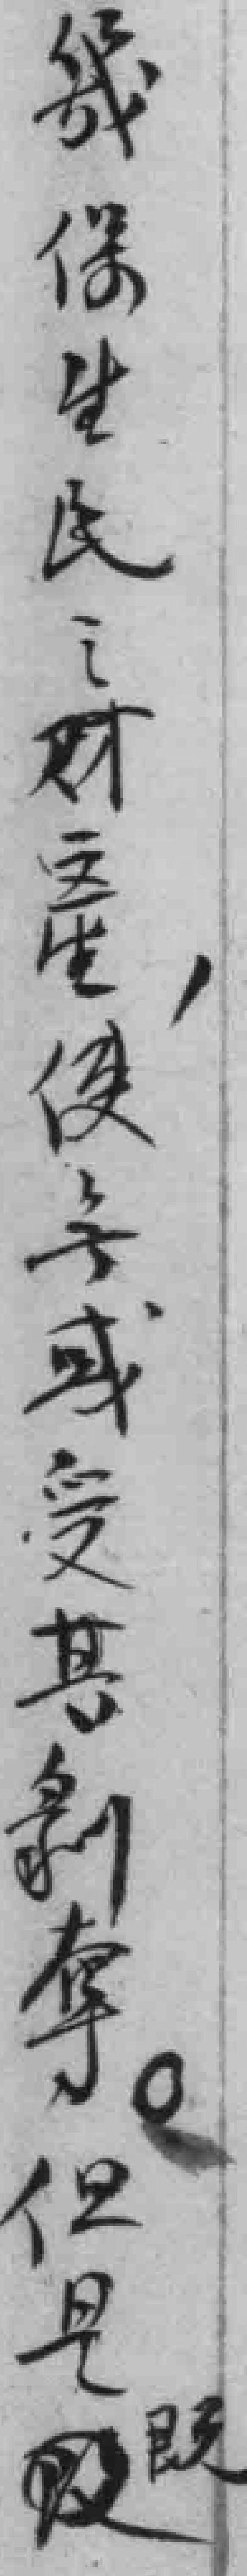
畿保生民之财產，使*或受其剝奪。但是既*